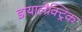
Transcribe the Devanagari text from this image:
डायालेक्ट्रिक